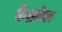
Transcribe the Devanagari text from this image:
कैशमेयर